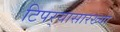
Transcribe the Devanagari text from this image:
टिपर्‍यासारख्या